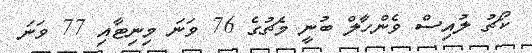
ކޯޗު ލުއިސް ވެންހާލް ބުނީ މެޗުގެ 76 ވަނަ މިނިޓާއި 77 ވަނަ